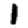
Digit: 1